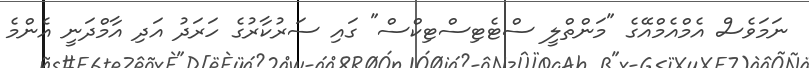
ނަމަވެސް އެމްއެމްއޭގެ "މަންތްލީ ސްޓެޓިސްޓިކްސް" ގައި ސަރުކާރުގެ ހަރަދު އަދި އާމްދަނީ އެންމެ